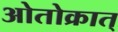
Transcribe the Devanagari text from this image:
ओतोक्रात्